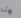
وأنا